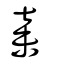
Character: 弃